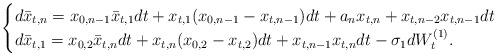
LaTeX: \begin{align*}\begin{cases}d\bar{x}_{t,n} = x_{0,n-1}\bar{x}_{t,1} dt + x_{t,1}(x_{0,n-1} - x_{t,n-1})dt + a_n x_{t,n} + x_{t,n-2}x_{t,n-1}dt \\ d\bar{x}_{t,1} = x_{0,2}\bar{x}_{t,n}dt + x_{t,n}(x_{0,2} - x_{t,2})dt + x_{t,n-1}x_{t,n}dt - \sigma_1 dW_t^{(1)}.\end{cases}\end{align*}